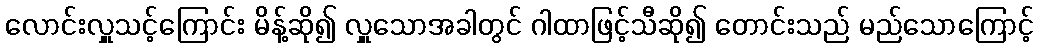
လောင်းလှူသင့်ကြောင်း မိန့်ဆို၍ လှူသောအခါတွင် ဂါထာဖြင့်သီဆို၍ တောင်းသည် မည်သောကြောင့်